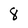
Character: 8